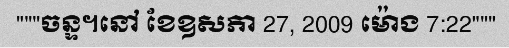
"""ចន្ទ។នៅ ខែឧសភា 27, 2009 ម៉ោង 7:22"""